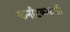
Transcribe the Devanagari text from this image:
कर्नाटकवासी